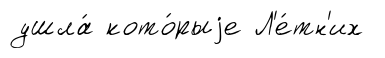
ушла́ кото́рыjе Л'е́тн'их